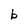
Character: b